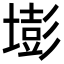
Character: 𡐶